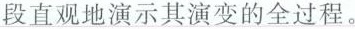
段直观地演示其演变的全过程。